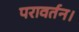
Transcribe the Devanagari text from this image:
परावर्तन।